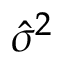
\hat { \sigma } ^ { 2 }